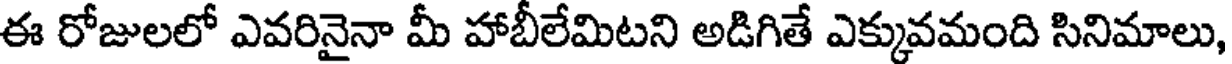
ఈ రోజులలో ఎవరినైనా మీ హాబీలేమిటని అడిగితే ఎక్కువమంది సినిమాలు,